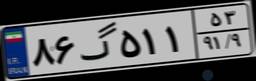
۸۶گ۵۱۱۵۳